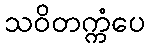
သဝိတက္ကံပေ